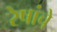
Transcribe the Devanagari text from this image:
रेषांचे